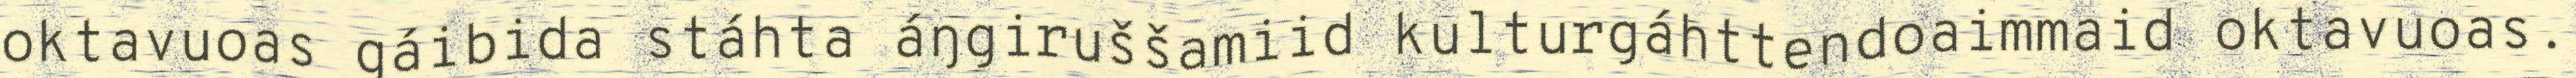
oktavuoas gáibida stáhta áŋgiruššamiid kulturgáhttendoaimmaid oktavuoas.